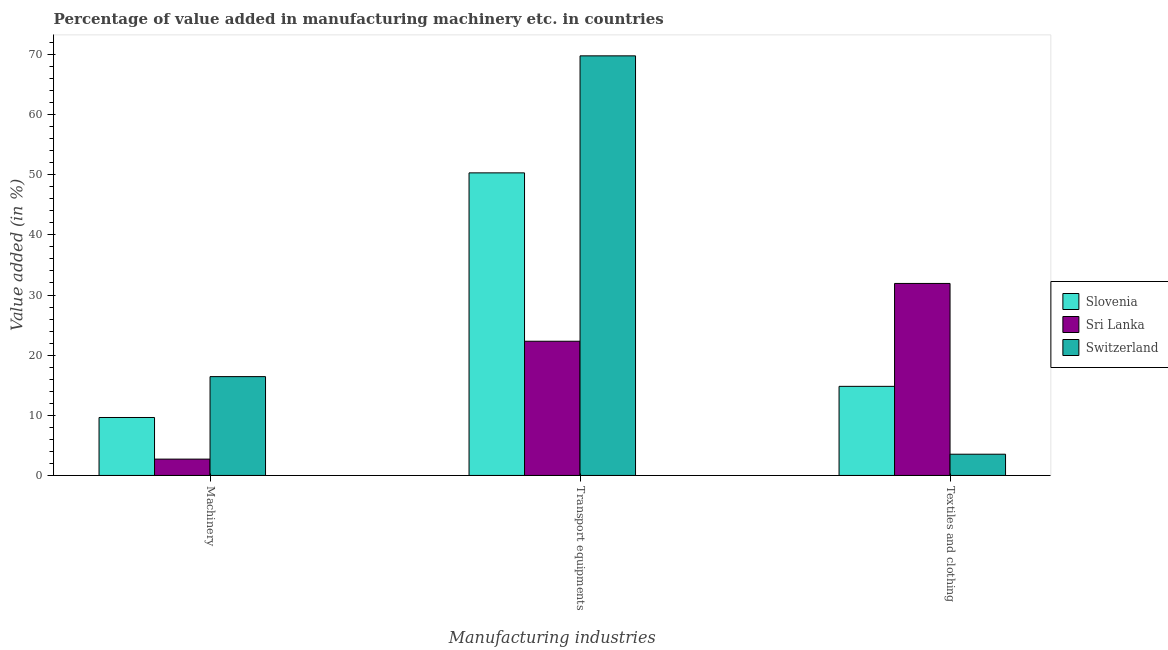
| Manufacturing industries | Slovenia | Sri Lanka | Switzerland |
 | --- | --- | --- | --- |
 | Machinery | 9.64 | 2.72 | 16.4 |
 | Transport equipments | 50.3 | 22.3 | 69.8 |
 | Textiles and clothing | 14.8 | 31.9 | 3.53 |